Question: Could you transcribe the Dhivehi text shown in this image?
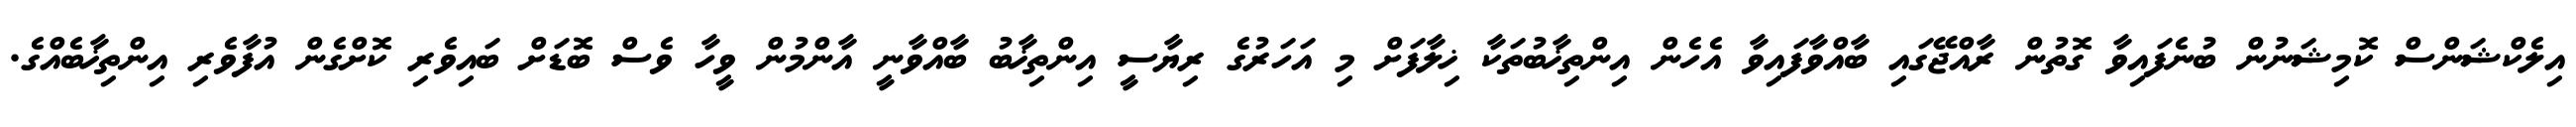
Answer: އިލެކްޝަންސް ކޮމިޝަނުން ބުނެފައިވާ ގޮތުން ރާއްޖޭގައި ބާއްވާފައިވާ އެހެން އިންތިޚާބުތަކާ ޚިލާފަށް މި އަހަރުގެ ރިޔާސީ އިންތިޚާބު ބާއްވާނީ އާންމުން ވީހާ ވެސް ބޮޑަށް ބައިވެރި ކޮށްގެން އުފާވެރި އިންތިޚާބެއްގެ.